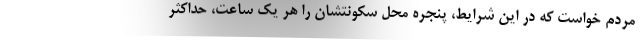
مردم خواست که در این شرایط، پنجره محل سکونتشان را هر یک ساعت، حداکثر